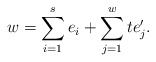
\begin{align*}w = \sum_{i=1}^s e_i + \sum_{j=1}^w t e_j'.\end{align*}